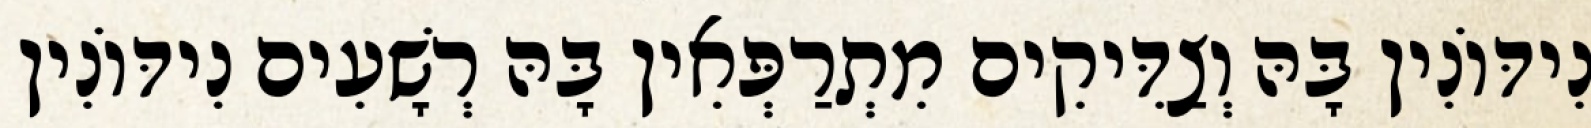
נִידּוֹנִין בָּהּ וְצַדִּיקִים מִתְרַפְּאִין בָּהּ רְשָׁעִים נִידּוֹנִין